Suure-Kopu_vallavalitsus, lk 9
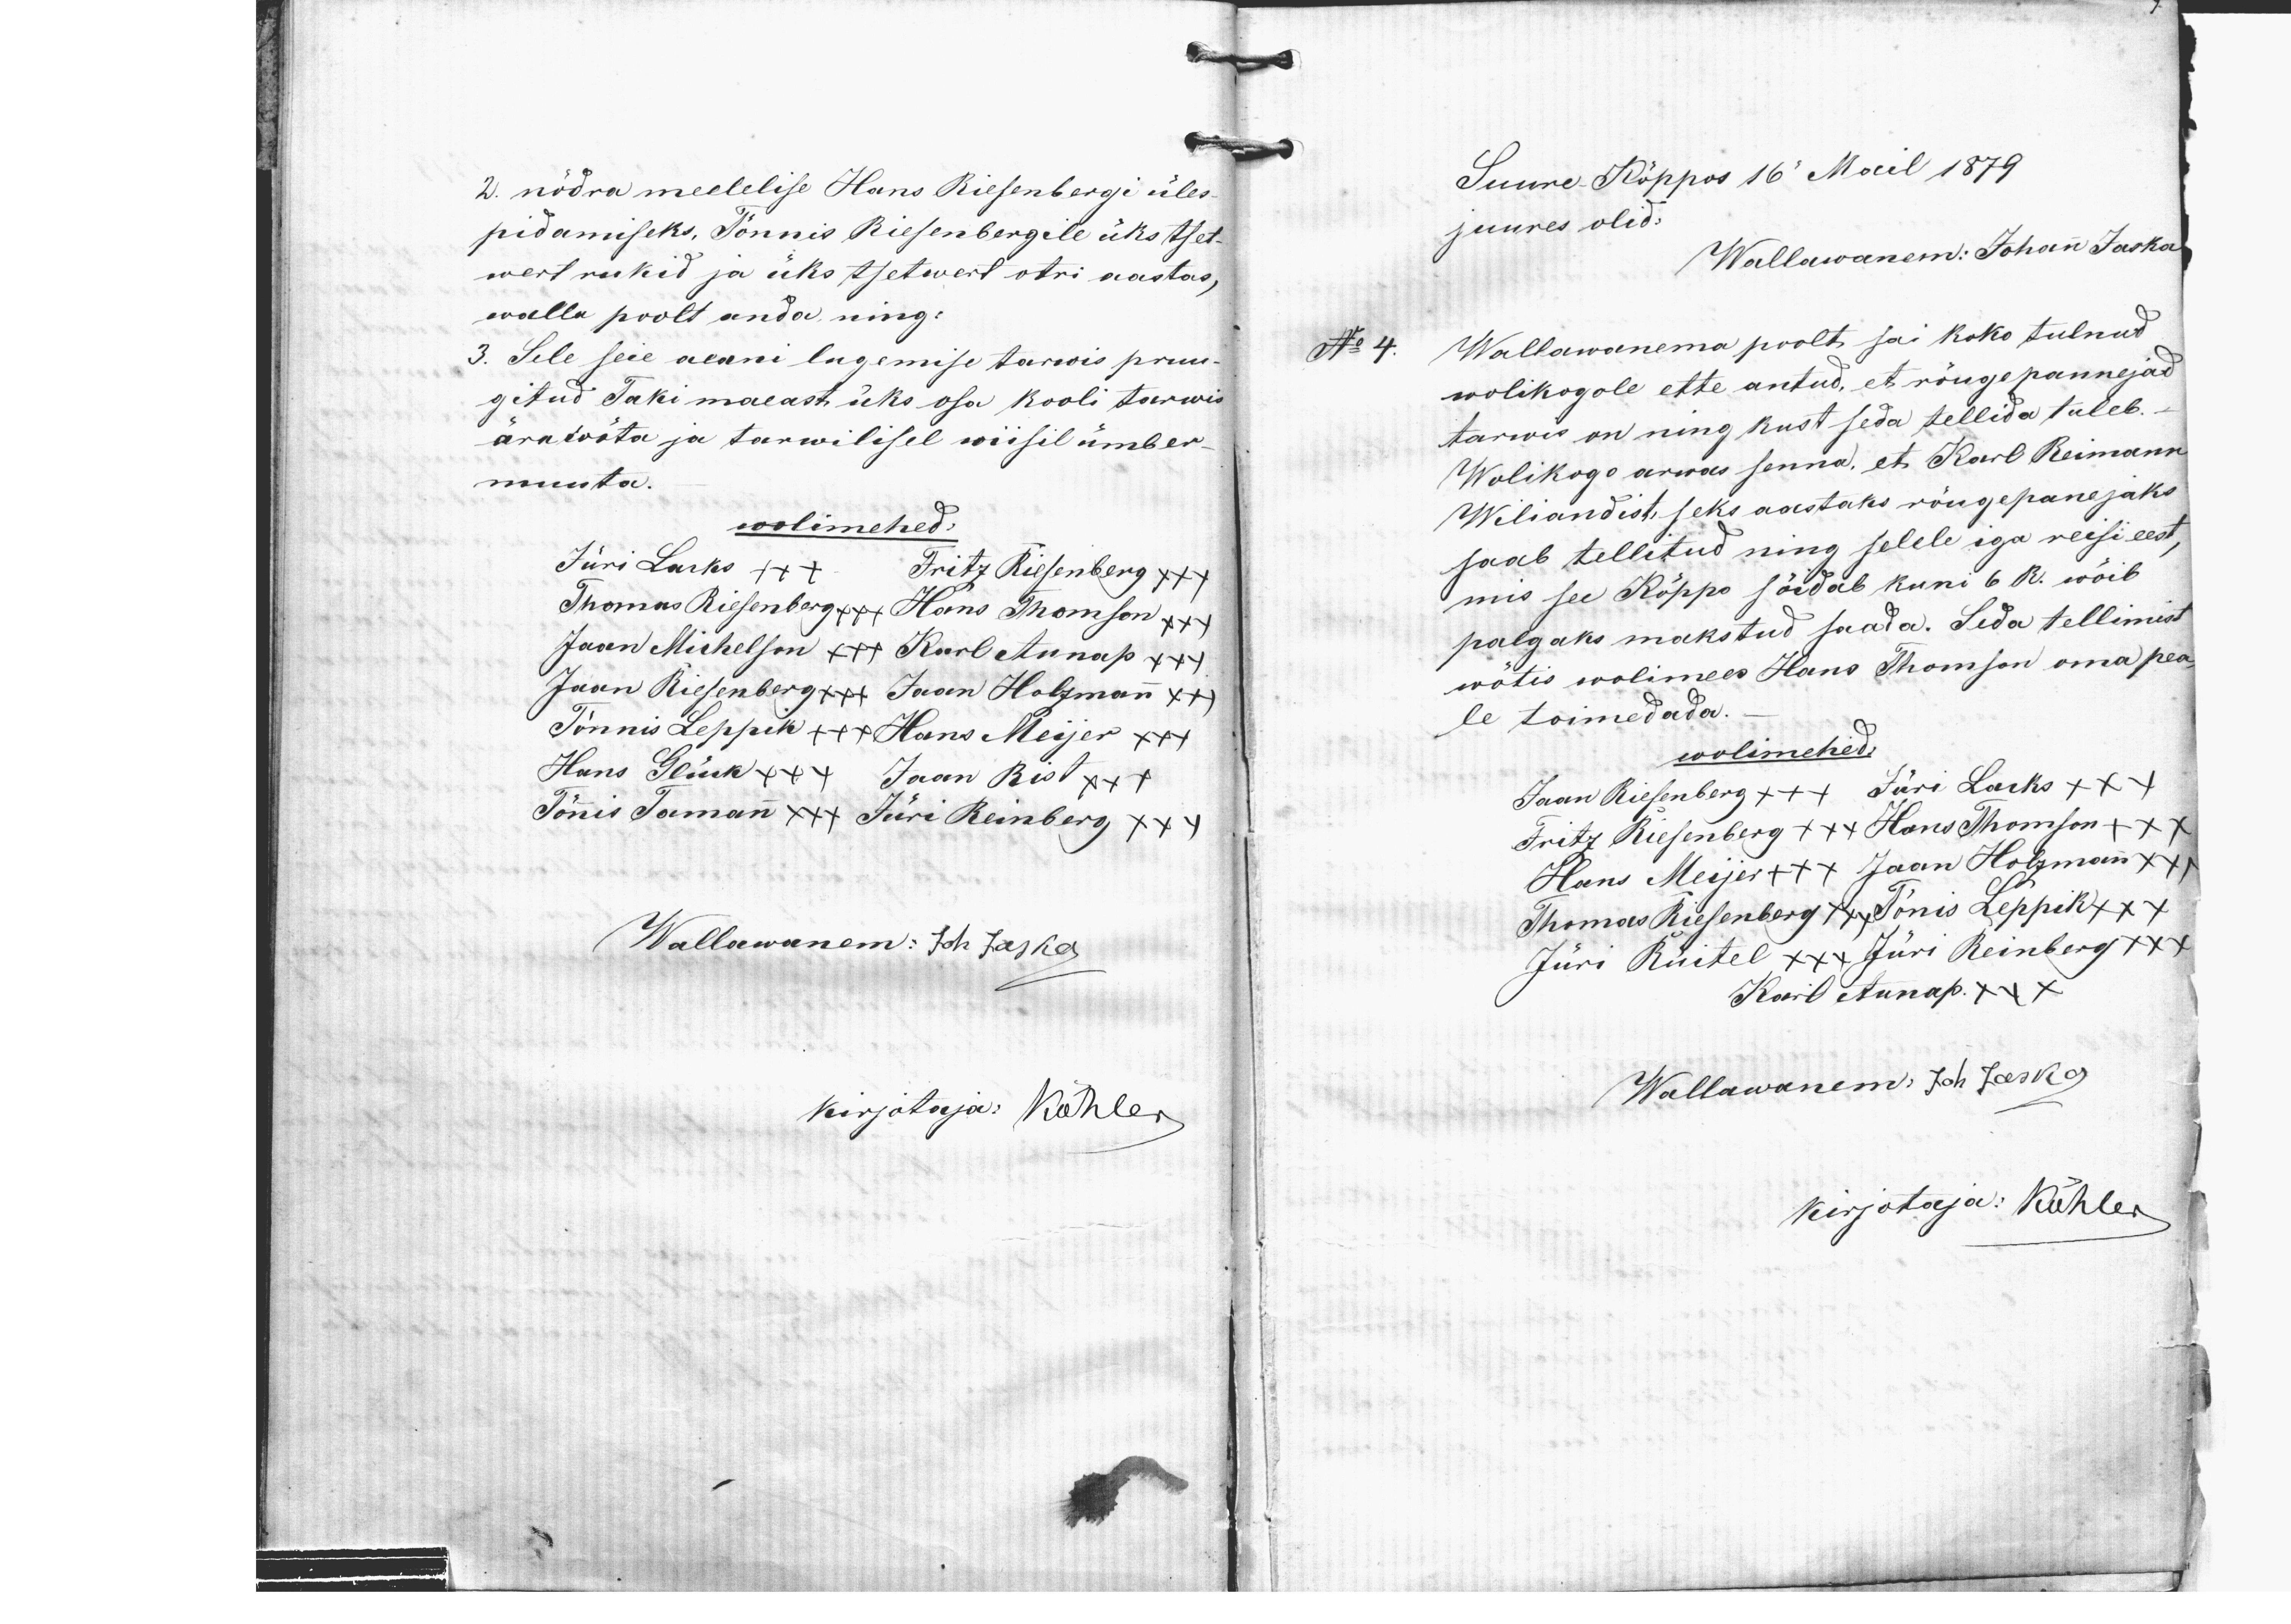
2. nõdra meelelise Hans Riesenbergi üles-
pidamiseks, Tõnnis Riesenbergile üks tset-
wert rukid ja üks tsetwert otri aastas,
walla poolt anda, ning:
3. Sele seie aeani lugemise tarwis pruu-
gitud Taki maeast üks osa kooli tarwis
ära wõta ja tarwilisel wiisil ümber-
muuta.
wolimehed:
Jüri Larks +++ Fritz Riesenberg xxx
Thomas Riesenberg +++ Hans Thomson xxx
Jaan Michelson x++ Karl Aunap xxx
Jaan Riesenberg x++ Jaan Holzmann x++
Tõnnis Leppik ++x Hans Meijer xxx
Hans Glück +++ Jaan Rist x++
Tõnnis Tomann x++ Jüri Reinberg xxx
Wallawanem: Joh Jaska
kirjotaja: Köhler

Suure-Kõppos 16. Mail 1879
juures olid.
Wallawanem: Johan Jaska
No 4.
Wallawanema poolt sai koko tulnud
wolikogole ette antud, et rõugepannejad
tarwis on ning kust seda tellida tuleb.
Wolikogo arwas senna, et Karl Reimann
Wiljandist seks aastaks rõugepanejaks
saab tellitud ning selele iga reisi eest;
mis see Kõppo sõidab kuni 6 R. wõib
palgaks makstud saada. Seda tellimist
wõtis wolimees Hans Thomson oma pea-
le toimedada.
wolimehed:
Jaan Riesenberg +++ Jüri Lacks xxx
Fritz Riesenberg xxx Hans Thomson +xx
Hans Meijer ++x Jaan Holzmann xxx
Thomas Riesenberg xxx Tõnis Leppik xxx
Jüri Rüitel xxx Jüri Reinberg xxx
Karl Aunap xxx
Wallawanem: Joh Jaska
kirjotaja: Köhler